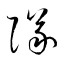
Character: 隊